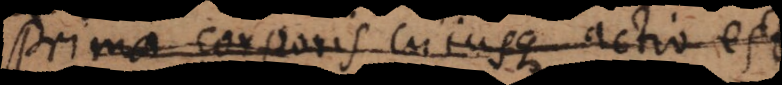
Prima corporis cujusque actio es